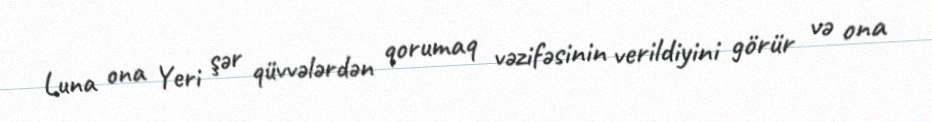
Luna ona Yeri şər qüvvələrdən qorumaq vəzifəsinin verildiyini görür və ona